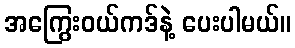
အကြွေးဝယ်ကဒ်နဲ့ ပေးပါမယ်။